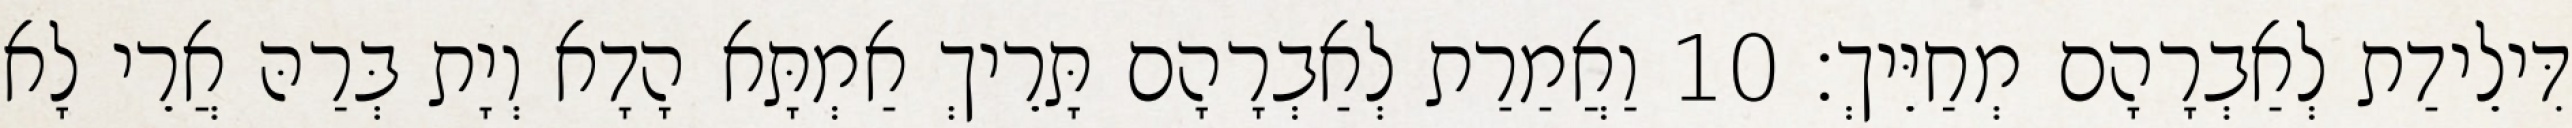
דִּילֵידַת לְאַבְרָהָם מְחַיֵּיךְ׃ 10 וַאֲמַרַת לְאַבְרָהָם תָּרֵיךְ אַמְתָּא הָדָא וְיָת בְּרַהּ אֲרֵי לָא